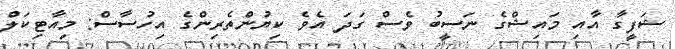
ޝަފީގާ އާއި މައިޝްގެ ނަސީބު ވެސް ގަދަ އެވެ ކިޔުންތެރިންގެ އިހުސާސް: މިއާޓިކަލް